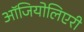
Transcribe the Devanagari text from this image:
ऑजियोलिएरी